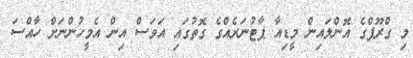
މި ގްރޫޕްގެ އޮންލައިން މީޑިއާ ޕާޓުނަރެއްގެ ގޮތުގައި އަވަސް އިން އެމީހުންނަށް ހާއްސަ